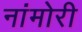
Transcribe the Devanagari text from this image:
नांमोरी